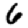
Digit: 6